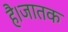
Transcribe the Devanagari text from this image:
है।जातक